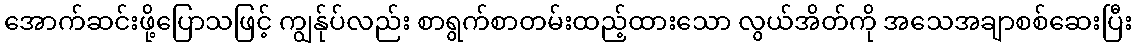
အောက်ဆင်းဖို့ပြောသဖြင့် ကျွန်ုပ်လည်း စာရွက်စာတမ်းထည့်ထားသော လွယ်အိတ်ကို အသေအချာစစ်ဆေးပြီး